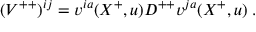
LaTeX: ( { V } ^ { + + } ) ^ { i j } = v ^ { i a } ( X ^ { + } , u ) D ^ { + + } v ^ { j a } ( X ^ { + } , u ) \; .